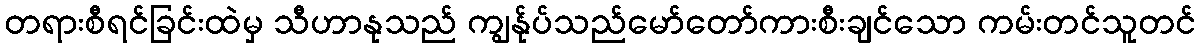
တရားစီရင်ခြင်းထဲမှ သီဟာနုသည် ကျွန်ုပ်သည်မော်တော်ကားစီးချင်သော ကမ်းတင်သူတင်